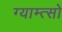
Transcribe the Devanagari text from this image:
ग्याम्त्सो